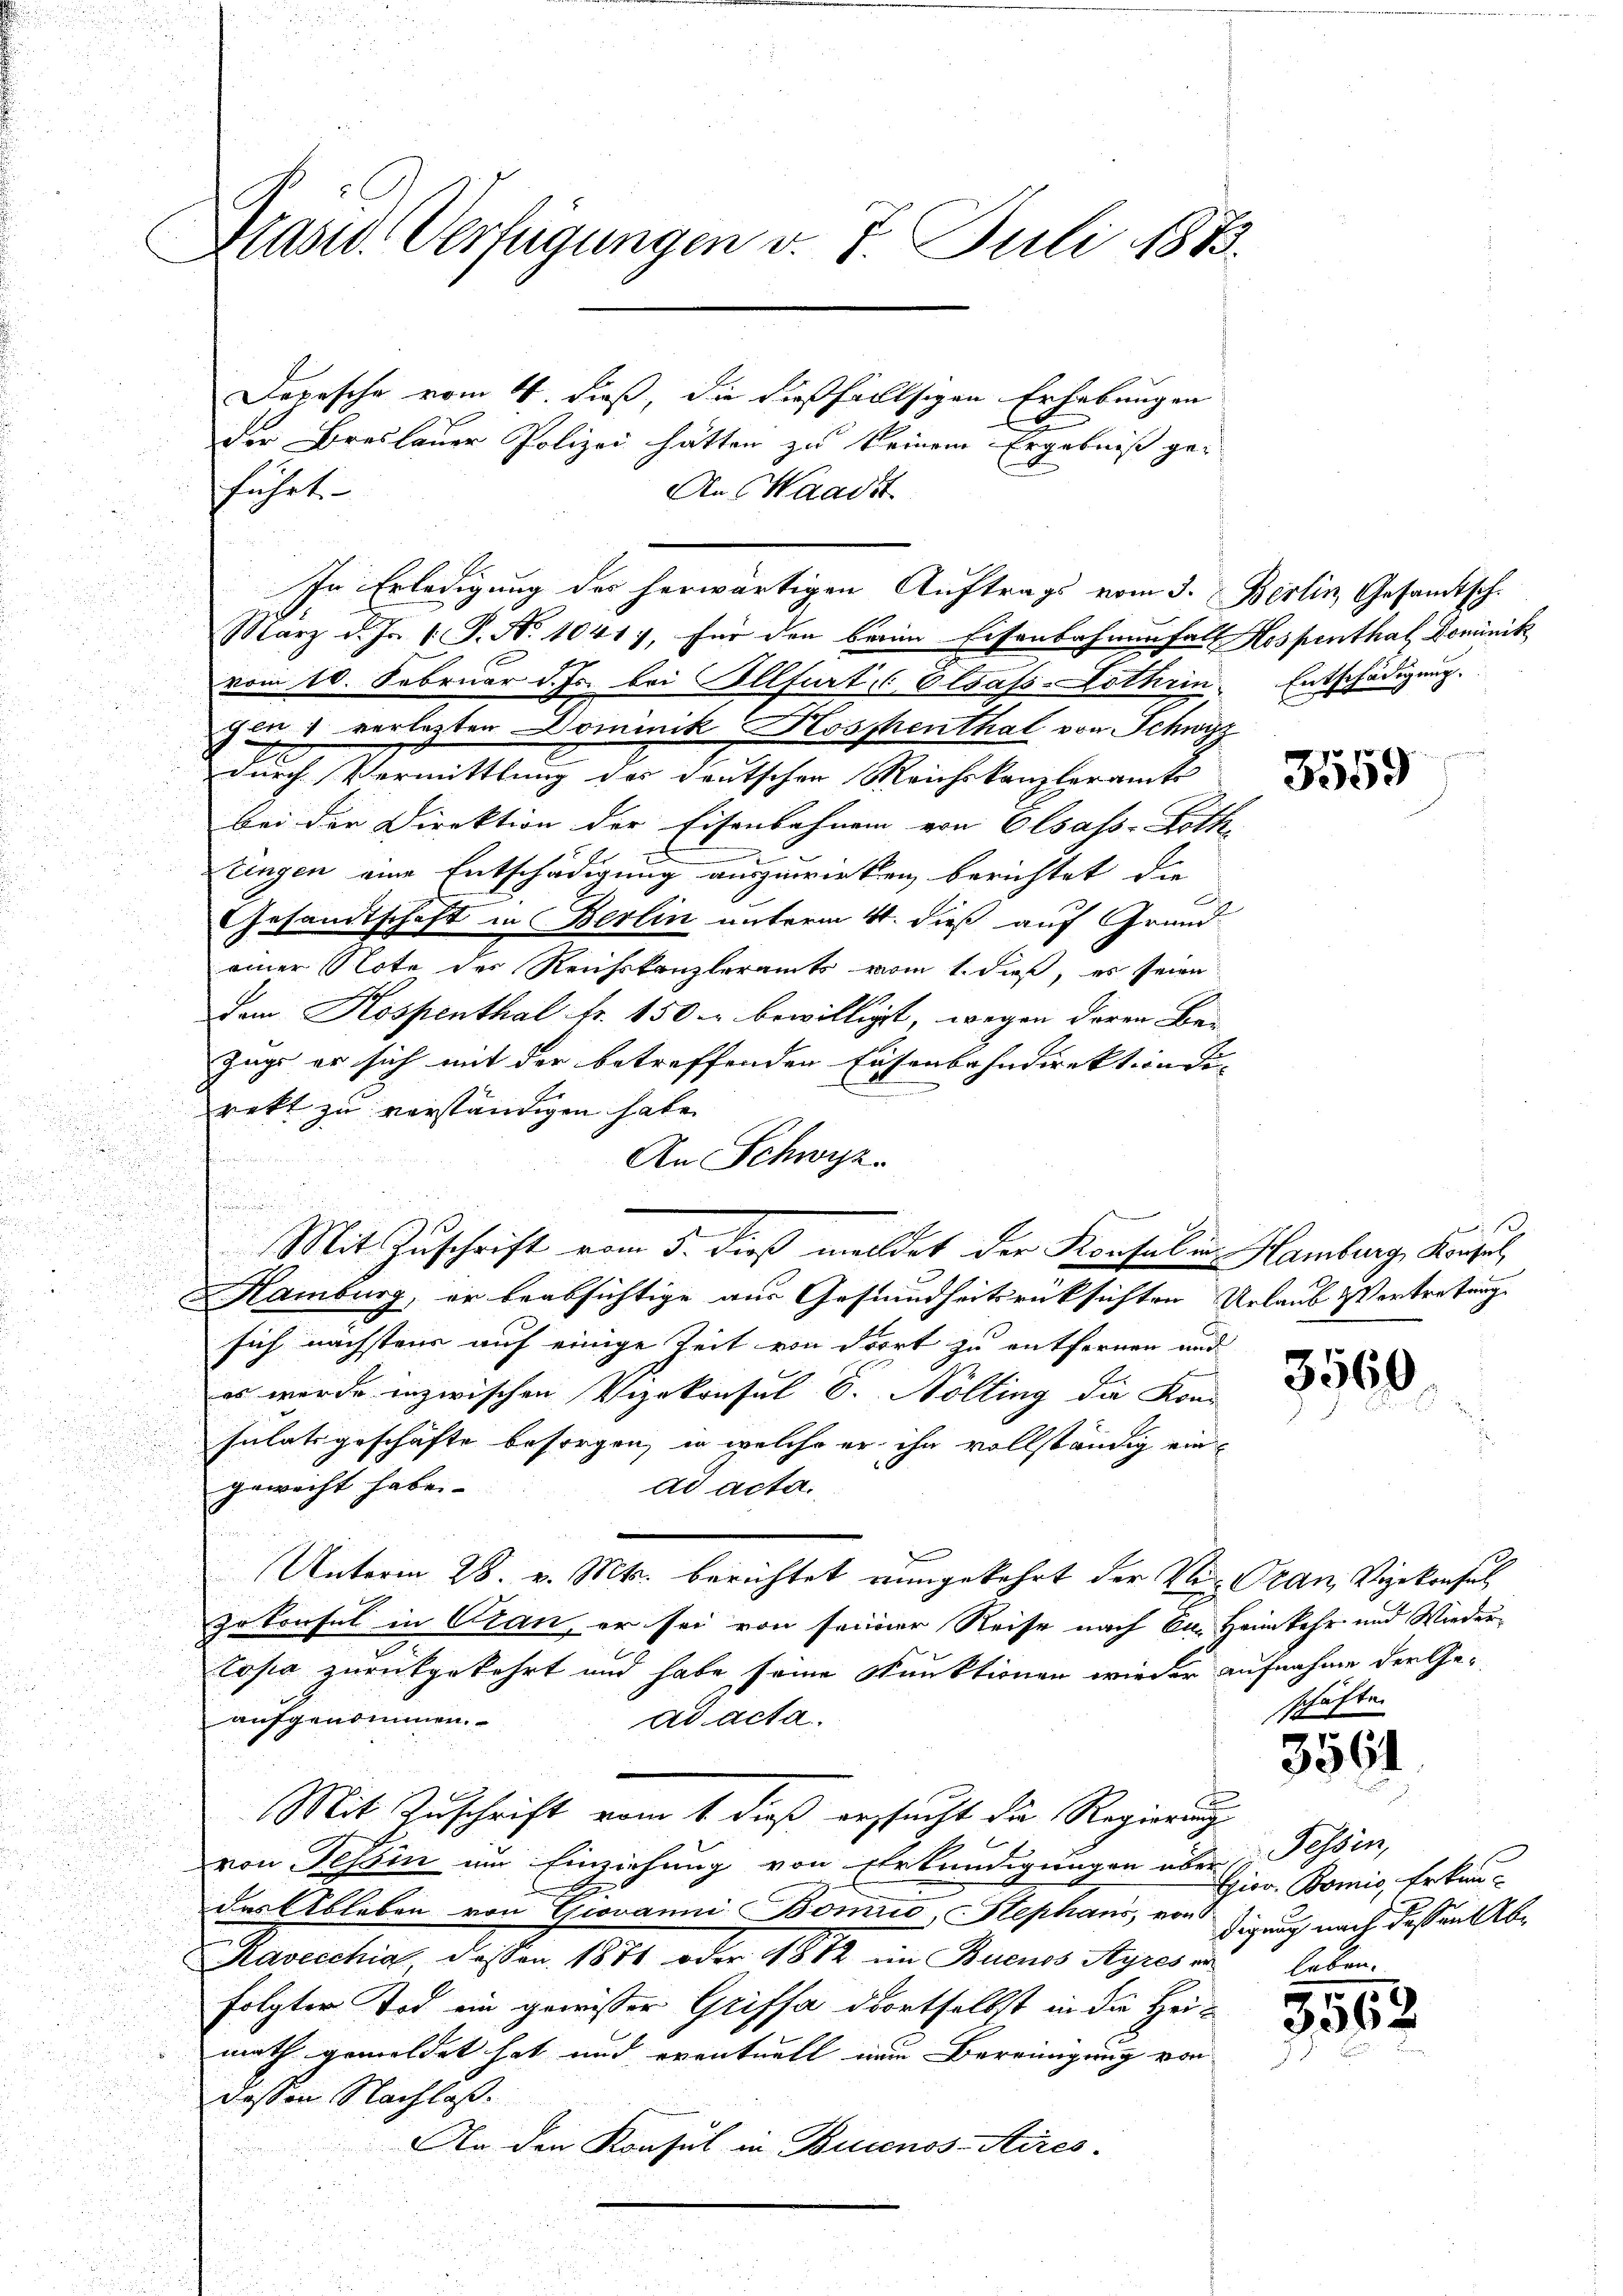
Präsid. Verfügungen v. 7. Juli 1883.

Depesche vom 4. dieß, die dießfallsigen Erhebungen
der Breslauer Polizei hätten zu keinem Ergebniß ge¬
An Waadt
u
März d. Js. (: P. Nr. 1041), für den beim Eisenbahnenfall Hospenthal Dominik
vom 10. Februar d. Js. bei Illfertis Elsass-Lothen. Entschädigung.
gen) verletzten Dominik Hospenthal von Schwyz
d
durch Vermittlung des deutschen Reichskanzleramts
bei der Direktion der Eisenbahnen von Elsass-Loth,
Ztingen eine Entschädigung auszuwirken berichtet die
Gesandtschaft in Berlin unterm 4. dieß auf Grund-
einer Note der Reichskanzleramts vom 1. dieß, es seien
dem Kospenthal fr. 150. bewilligt, wegen deren Be-
Zage er sich mit der betreffenden Eisenbahndirektion die
n
rekt zu verständigen habe.
An Schwyz.
Mit Zuschrift vom 5. dieß meildet der Konsul in Hamburg, Konsel,
Hamburg, er beabsichtige aus Gesundheitsrücksichten Urlaub Vertretung
sich nächstens auf einige Zeit von dort zu entfernen und
es werde inzwischen Vizekonsul S. Nölting die Kon
sulatsgeschäfte besorgen, in welche er ihn vollständig eingewacht habe.
ad acta.
Unterm 28. v. Mts. berichtet eingekehrt der Ver-Gran, Vizekonsul
zu koufel in Cran, er sei von seiner Reise nach 6m. Heimkehr und Wieder
tosia zurückgekehrt und habe seine Funktionen wieder aufnahme der Geaufgenommen.
ad acta.
Mit Zuschrift vom 1. daß ersucht die Regierung
von Tessin im Einziehung von Ehrkündigungen über Tessin,
der Ableben von Giovanni Bomie, Stephans, von Zigung nach dessen Ab¬
Kavecchia, dessen 1871 oder 1812 im Buenos Ayres vo
folgter Tod ein gewisser Griffa dortselbst in die Heimath gemeldet hat und eventuell eine Bereinigung von
dessen Nachlaß.
An den Konsul in Buenos-Aires.

führt.

.

In Erledigung der herwärtigen Auftrags vom 3. Berlin, Gesamtsch.

3559

1

3560.

schäfte.

3561

3562

Eier. Bomis, Erkunhaben.